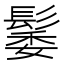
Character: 䰀